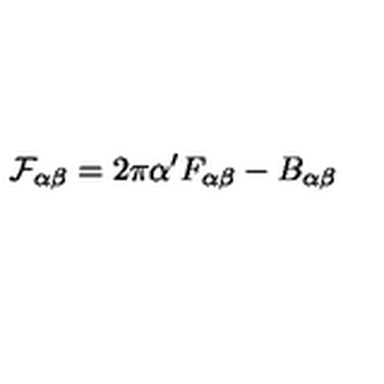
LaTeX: { \cal F } _ { \alpha \beta } = 2 \pi \alpha ^ { \prime } F _ { \alpha \beta } - B _ { \alpha \beta }